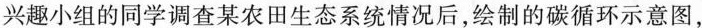
兴趣小组的同学调查某农田生态系统情况后，绘制的碳循环示意图，